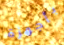
بأجهزة